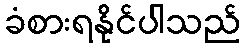
ခံစားရနိုင်ပါသည်